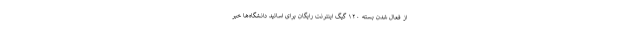
از فعال شدن بسته ۱۲۰ گیگ اینترنت رایگان برای اساتید دانشگاه‌ها خبر